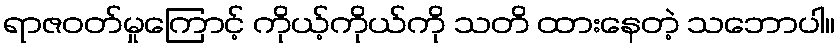
ရာဇဝတ်မှုကြောင့် ကိုယ့်ကိုယ်ကို သတိ ထားနေတဲ့ သဘောပါ။